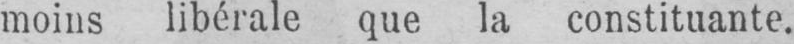
moins libérale que la constituante.